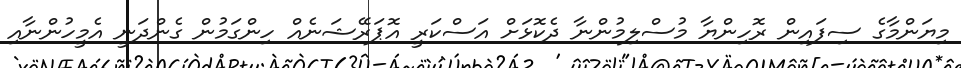
މިޔަންމާގެ ސިފައިން ރޮހިންޔާ މުސްލިމުންނާ ދެކޮޅަށް އަސްކަރީ އޮޕަރޭޝަނެއް ހިންގަމުން ގެންދަނީ އެމީހުންނާއި